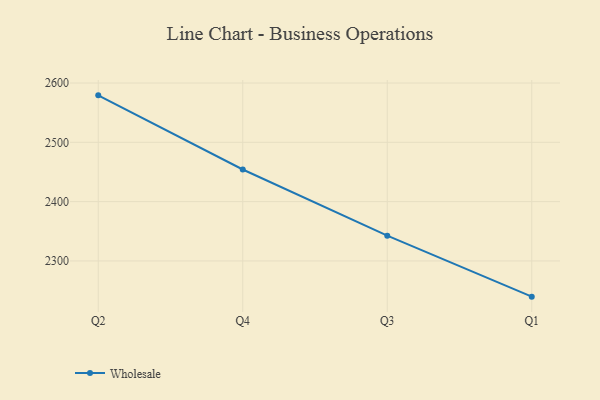
{"axis": {"x": "Quarter", "y": "Headcount"}, "legend": ["Wholesale"], "data": [{"x": "Q2", "y": 2579.2, "type": "Wholesale"}, {"x": "Q4", "y": 2454.2, "type": "Wholesale"}, {"x": "Q3", "y": 2342.6, "type": "Wholesale"}, {"x": "Q1", "y": 2239.8, "type": "Wholesale"}]}